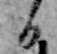
日